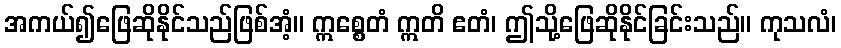
အကယ်၍ဖြေဆိုနိုင်သည်ဖြစ်အံ့။ ဣစ္စေတံ ဣတိ ဧတံ၊ ဤသို့ဖြေဆိုနိုင်ခြင်းသည်။ ကုသလံ၊